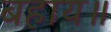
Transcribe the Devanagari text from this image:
बहाय॥